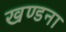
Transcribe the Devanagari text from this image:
खण्डना